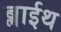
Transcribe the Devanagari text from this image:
ब्लाईथ